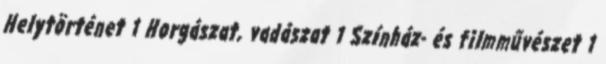
Helytörténet 1 Horgászat, vadászat 1 Színház- és filmművészet 1